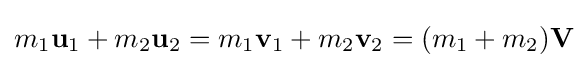
m_{1}\mathbf {u} _{1}+m_{2}\mathbf {u} _{2}=m_{1}\mathbf {v} _{1}+m_{2}\mathbf {v} _{2}=(m_{1}+m_{2})\mathbf {V}